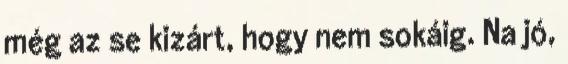
még az se kizárt, hogy nem sokáig. Na jó,